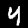
Label: 4